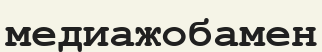
медиажобамен